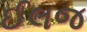
ઈલજ